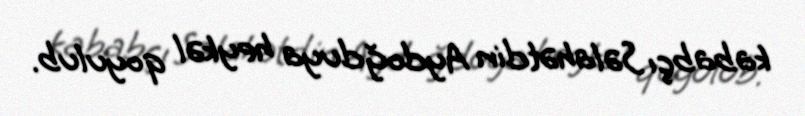
kababçı Səlahətdin Aydoğduya heykəl qoyulub.